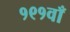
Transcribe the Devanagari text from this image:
१९१वाँ